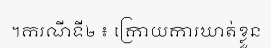
។ករណីទី២ ៖ ក្រោយការឃាត់ខ្លួន